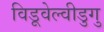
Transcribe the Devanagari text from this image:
विडूवेल्वीडुगु